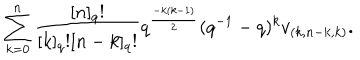
\sum _ { k = 0 } ^ { n } \frac { [ n ] _ { q } ! } { [ k ] _ { q } ! [ n - k ] _ { q } ! } q ^ { \frac { - k ( k - 1 ) } { 2 } } ( q ^ { - 1 } - q ) ^ { k } v _ { ( k , n - k , k ) } .